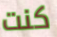
كنت